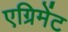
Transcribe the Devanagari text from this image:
एग्रिमेंट